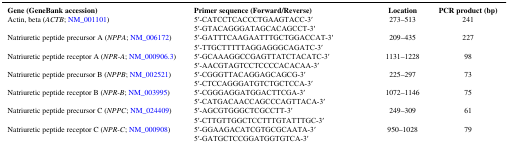
<table><thead><tr><td><b>Gene (GeneBank accession)</b></td><td><b>Primer sequence (Forward/Reverse)</b></td><td><b>Location</b></td><td><b>PCR product (bp)</b></td></tr></thead><tbody><tr><td>Actin, beta (<i>ACTB</i>; NM_001101)</td><td>5′-CATCCTCACCCTGAAGTACC-3′ 5′-GTACAGGGATAGCACAGCCT-3′</td><td>273–513</td><td>241</td></tr><tr><td>Natriuretic peptide precursor A (<i>NPPA</i>; NM_006172)</td><td>5′-GATTTCAAGAATTTGCTGGACCAT-3′ 5′-TTGCTTTTTAGGAGGGCAGATC-3′</td><td>209–435</td><td>227</td></tr><tr><td>Natriuretic peptide receptor A (<i>NPR-A</i>; NM_000906.3)</td><td>5′-GCAAAGGCCGAGTTATCTACATC-3′ 5′-AACGTAGTCCTCCCCACACAA-3′</td><td>1131–1228</td><td>98</td></tr><tr><td>Natriuretic peptide precursor B (<i>NPPB</i>; NM_002521)</td><td>5′-CGGGTTACAGGAGCAGCG-3′ 5′-CTCCAGGGATGTCTGCTCCA-3′</td><td>225–297</td><td>73</td></tr><tr><td>Natriuretic peptide receptor B (<i>NPR-B</i>; NM_003995)</td><td>5′-CGGGAGGATGGACTTCGA-3′ 5′-CATGACAACCAGCCCAGTTACA-3′</td><td>1072–1146</td><td>75</td></tr><tr><td>Natriuretic peptide precursor C (<i>NPPC</i>; NM_024409)</td><td>5′-AGCGTGGGCTCGCCTT-3′ 5′-CTTGTTGGCTCCTTTGTATTTGC-3′</td><td>249–309</td><td>61</td></tr><tr><td>Natriuretic peptide receptor C (<i>NPR-C</i>; NM_000908)</td><td>5′-GGAAGACATCGTGCGCAATA-3′ 5′-GATGCTCCGGATGGTGTCA-3′</td><td>950–1028</td><td>79</td></tr></tbody></table>